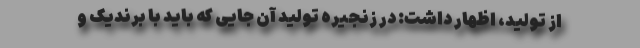
از تولید، اظهار داشت: در زنجیره تولید آن جایی که باید با برندیک و